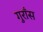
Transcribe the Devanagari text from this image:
गुराँस